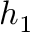
h _ { 1 }